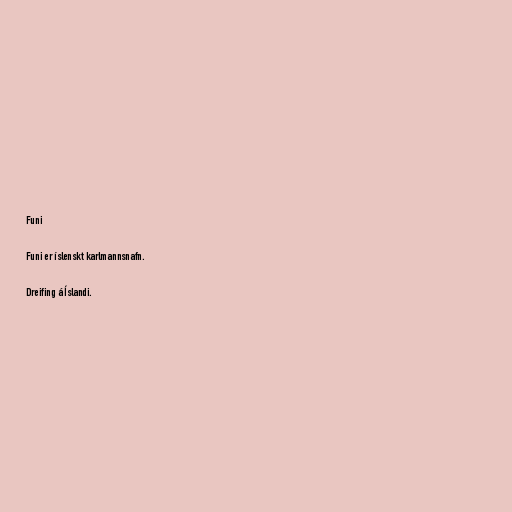
Funi

Funi er íslenskt karlmannsnafn.

Dreifing á Íslandi.